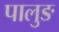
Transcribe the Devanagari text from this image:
पालुङ